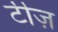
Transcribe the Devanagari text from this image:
टीज़